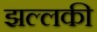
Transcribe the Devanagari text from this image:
झल्लकी